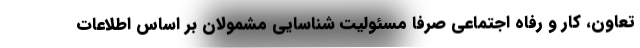
تعاون، کار و رفاه اجتماعی صرفا مسئولیت شناسایی مشمولان بر اساس اطلاعات